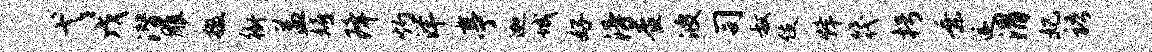
弋戊潜雕掇衙益嬉降灼洋亭迦城好得查波司叔伎烽筏枵乘遂渭妃语